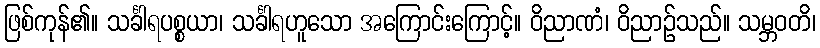
ဖြစ်ကုန်၏။ သင်္ခါရပစ္စယာ၊ သင်္ခါရဟူသော အကြောင်းကြောင့်။ ဝိညာဏံ၊ ဝိညာဉ်သည်။ သမ္ဘဝတိ၊